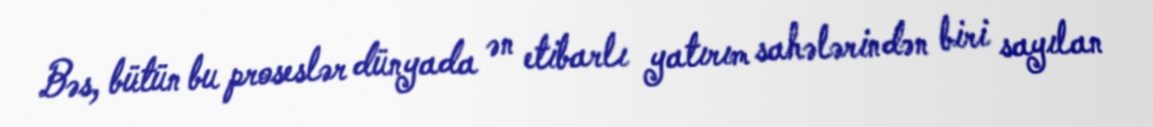
Bəs, bütün bu proseslər dünyada ən etibarlı yatırım sahələrindən biri sayılan